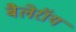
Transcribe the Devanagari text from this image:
बैलेरॉय